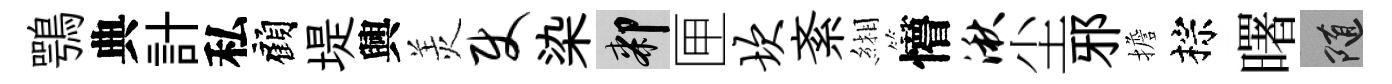
鶚典計私顧堤興羙使染膝匣坎紊緗懵湫尘邪擔棕曙隨